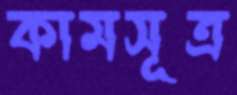
কামসূত্র